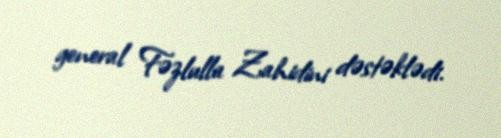
general Fəzlulla Zahidini dəstəklədi.